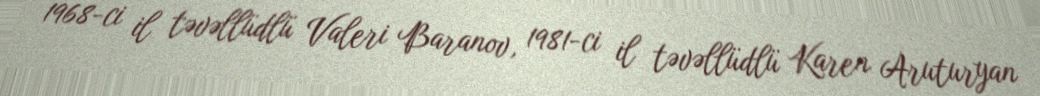
1968-ci il təvəllüdlü Valeri Baranov, 1981-ci il təvəllüdlü Karen Aruturyan